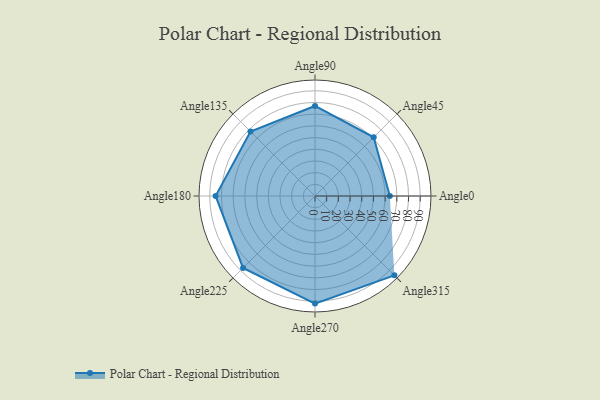
{"axis": {"x": "Angle", "y": "Radius"}, "legend": [""], "data": [{"x": "Angle0", "y": 64.0, "type": ""}, {"x": "Angle45", "y": 71.0, "type": ""}, {"x": "Angle90", "y": 77.0, "type": ""}, {"x": "Angle135", "y": 78.0, "type": ""}, {"x": "Angle180", "y": 85.0, "type": ""}, {"x": "Angle225", "y": 87.0, "type": ""}, {"x": "Angle270", "y": 92.0, "type": ""}, {"x": "Angle315", "y": 96.0, "type": ""}]}